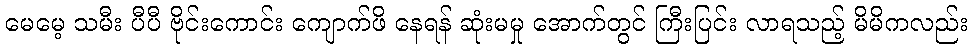
မေမေ့ သမီး ပီပီ ဗိုင်းကောင်း ကျောက်ဖိ နေရန် ဆုံးမမှု အောက်တွင် ကြီးပြင်း လာရသည့် မိမိကလည်း